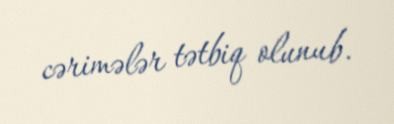
cərimələr tətbiq olunub.